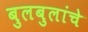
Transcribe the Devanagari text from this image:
बुलबुलांचे